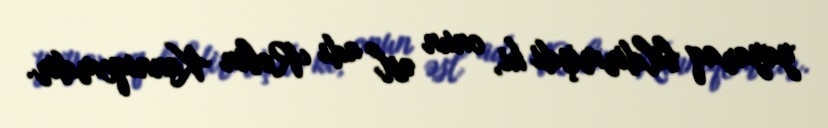
yayaraq bildirmişdi ki, onun əsl adı Robin Kanniqemdir.